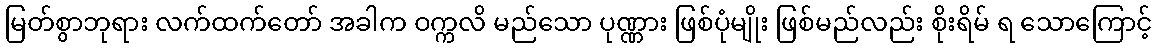
မြတ်စွာဘုရား လက်ထက်တော် အခါက ဝက္ကလိ မည်သော ပုဏ္ဏား ဖြစ်ပုံမျိုး ဖြစ်မည်လည်း စိုးရိမ် ရ သောကြောင့်